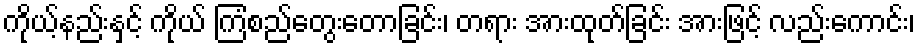
ကိုယ့်နည်းနှင့် ကိုယ် ကြံစည်တွေးတောခြင်း၊ တရား အားထုတ်ခြင်း အားဖြင့် လည်းကောင်း၊